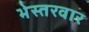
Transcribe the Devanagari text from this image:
भेस्तरवार